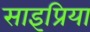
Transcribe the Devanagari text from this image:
साइप्रिया